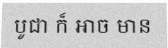
បូជា ក៏ អាច មាន